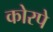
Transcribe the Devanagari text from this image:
कोरपे